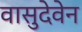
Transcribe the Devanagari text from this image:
वासुदेवेन